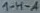
Text: 1-H-A